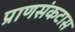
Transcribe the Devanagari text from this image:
प्राणसंकटास